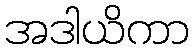
အဒါယိကာ